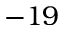
- 1 9